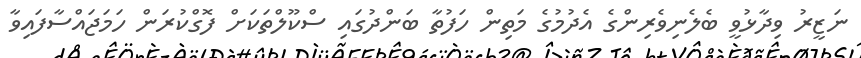
ނަޒީރު ވިދާޅުވީ ބެލެނިވެރިންގެ އެދުމުގެ މަތިން ހަފުތާ ބަންދުގައި ސްކޫލްތަކަށް ފޮގްކުރަން ހަމަޖައްސާފައިވާ